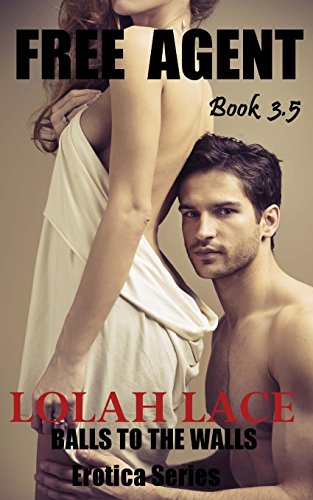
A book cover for Free Agent; Lolah Lace; Romance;